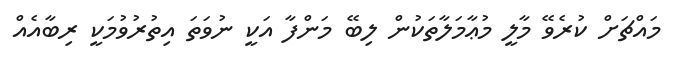
މައްޗަށް ކުރެވޭ މާލީ މުޢާމަލާތަކުން ލިބޭ މަންފާ އަކީ ނުވަތަ އިތުރުވުމަކީ ރިބާއެއް